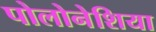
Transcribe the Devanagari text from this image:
पोलोनेशिया